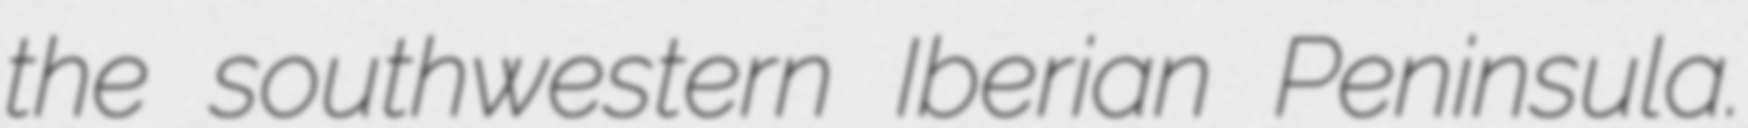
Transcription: the southwestern Iberian Peninsula.